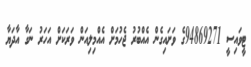
ޓީވައިސީ 94869271ގެ ވަށައިގެން އެއްބުރު ޖެހުމަށް އެއްމިލިއަން ވަރަކަށް އަހަރު ނަގާ އާދަޔާ